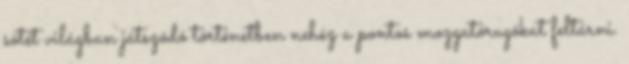
sötét világban játszódó történetben nehéz a pontos mozgatórugókat feltárni.